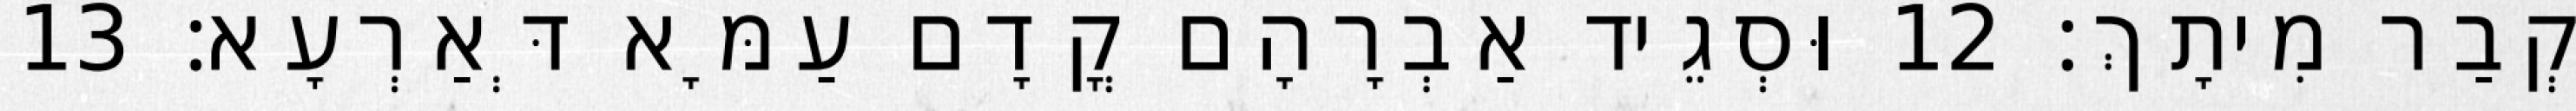
קְבַר מִיתָךְ׃ 12 וּסְגֵיד אַבְרָהָם קֳדָם עַמָּא דְּאַרְעָא׃ 13